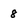
Character: 8